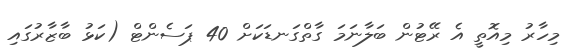
މިހާރު މިއޮތީ އެ ރޭޓުން ބަލާނަމަ ގާތްގަނޑަކަށް 40 ޕަސެންޓް (ކަޅު ބާޒާރުގައި